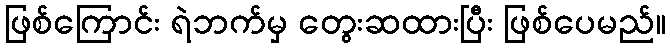
ဖြစ်ကြောင်း ရဲဘက်မှ တွေးဆထားပြီး ဖြစ်ပေမည်။